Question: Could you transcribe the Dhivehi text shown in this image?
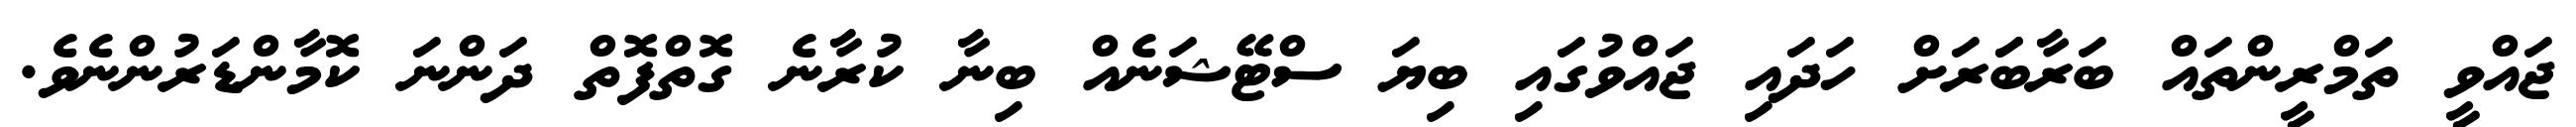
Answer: ޖައްވީ ތަމްރީންތައް ބަރާބަަރަށް ހަދައި ޖައްވުގައި ބިޔަ ސްޓޭޝަނެއް ބިނާ ކުރާނެ ގޮތްފޮތް ދަންނަ ކޮމާންޑަރުންނެވެ.